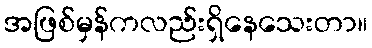
အဖြစ်မှန်ကလည်းရှိနေသေးတာ။